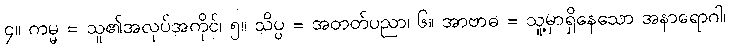
၄။ ကမ္မ = သူ၏အလုပ်အကိုင်၊ ၅။ သိပ္ပ = အတတ်ပညာ၊ ၆။ အာဗာဓ = သူ့မှာရှိနေသော အနာရောဂါ၊